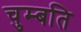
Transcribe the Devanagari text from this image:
चुम्बति